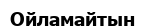
Ойламайтын